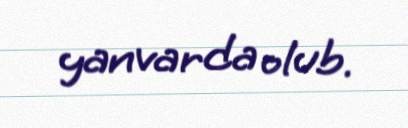
yanvarda olub.